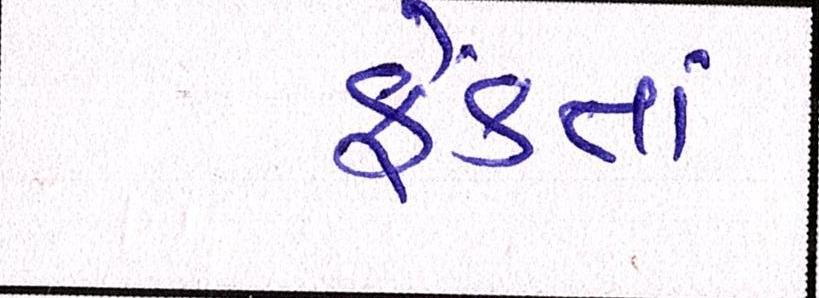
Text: ફેંકતાં